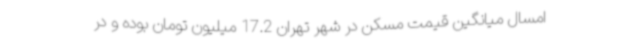
امسال میانگین قیمت مسکن در شهر تهران 17.2 میلیون تومان بوده و در